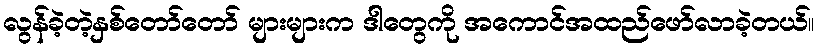
လွန်ခဲ့တဲ့နှစ်တော်တော် များများက ဒါတွေကို အကောင်အထည်ဖော်လာခဲ့တယ်။